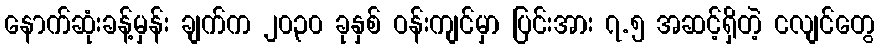
နောက်ဆုံးခန့်မှန်း ချက်က ၂၀၃၀ ခုနှစ် ဝန်းကျင်မှာ ပြင်းအား ၇.၅ အဆင့်ရှိတဲ့ ငလျင်တွေ